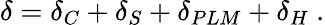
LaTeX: \delta=\delta_{C}+\delta_{S}+\delta_{PLM}+\delta_{H}\ .